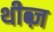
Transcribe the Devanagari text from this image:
थीब्ज़